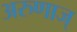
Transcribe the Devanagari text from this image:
अरुणाज्